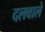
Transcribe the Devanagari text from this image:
दलवाले